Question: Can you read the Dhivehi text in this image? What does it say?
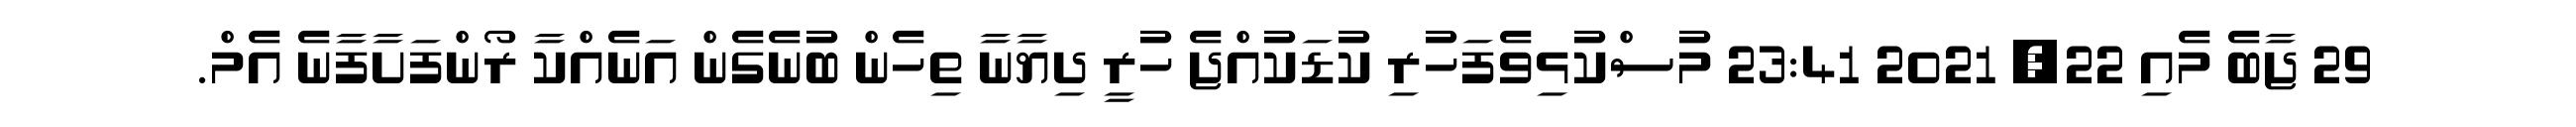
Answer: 29 ޖާބެ މެއި 22, 2021 23:41 މުސްކުޅިވެފަހުރި ކުޑަކުއްޖެ ހުރީ ދިޔާނާ ތިހެން ބުނެގެން އަނެއްކާ ރޯންފަށާފާނެ އެމް.